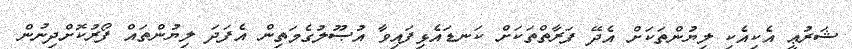
ޝަރުޢީ އެކިއެކި ލިޔުންތަކަށް އެދޭ ފަރާތްތަކަށް ކަނޑައެޅިފައިވާ އުޞޫލުގެމަތިން އެފަދަ ލިޔުންތައް ފޯރުކޮށްދިނުން